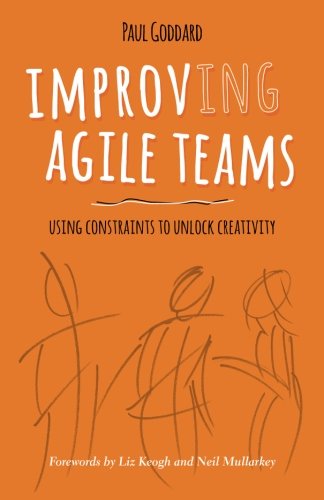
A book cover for Improv-ing Agile Teams: Using Constraints to Unlock Creativity; Paul Goddard; Business & Money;